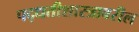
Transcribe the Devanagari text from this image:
पद्धतीशास्त्रावरील